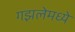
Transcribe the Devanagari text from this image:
गझलेमध्ये